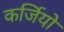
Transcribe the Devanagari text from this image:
कर्जियो